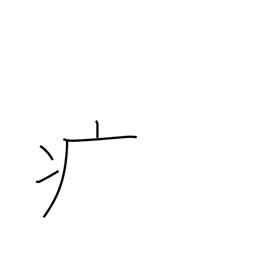
Meaning: sick radical (no. 104)